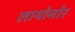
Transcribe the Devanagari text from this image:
लायोनोर